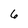
Character: 6